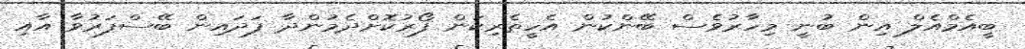
ބީއެމްއެލް އިން ބުނީ މިހާރުވެސް ބޭންކުން އެހީތެރިކަން ފޯރުކޮށްދެމުންދާ ފަދައިން ބޭސްފަރުވާ އާއި